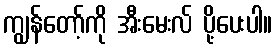
ကျွန်တော့်ကို အီးမေးလ် ပို့ပေးပါ။